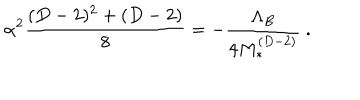
LaTeX: \alpha ^ { 2 } \frac { ( D - 2 ) ^ { 2 } + ( D - 2 ) } { 8 } = - \frac { \Lambda _ { B } } { 4 M _ { * } ^ { ( D - 2 ) } } \ .